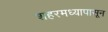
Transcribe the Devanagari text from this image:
शहरमध्यापासून